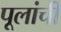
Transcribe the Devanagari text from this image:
पूलांची